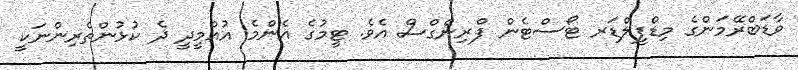
ވާޑަބްރޭމަންގެ މިޑްފީލްޑަރ ޓޯސްޓެން ފްރިންގްސް އެވެ. ޓީމުގެ އެންމެ އުއްމީދީ ދެ ކުޅުންތެރިންނަކީ